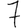
Digit: 7